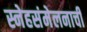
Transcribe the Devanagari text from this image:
स्नेहसंमेलनाची